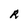
Character: R